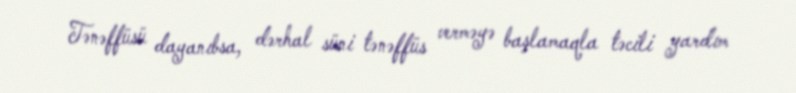
Tənəffüsü dayanıbsa, dərhal süni tənəffüs verməyə başlamaqla təcili yardım